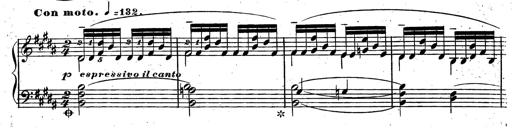
Title: Rondeau fantastique sur un thÃ¨me espagnol
Composer: Franz Liszt